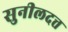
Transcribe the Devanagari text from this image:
सुनीलदत्त